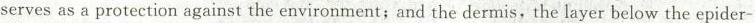
serves as a protection against the environment;and the dermis,the layer below the epider-